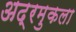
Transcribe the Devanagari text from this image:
अद्रमुकला